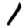
Digit: 1